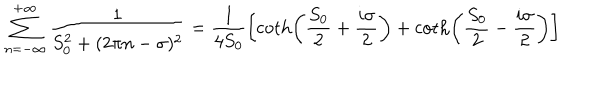
\sum _ { n = - \infty } ^ { + \infty } \frac { 1 } { S _ { 0 } ^ { 2 } + ( 2 \pi n - \sigma ) ^ { 2 } } = \frac { 1 } { 4 S _ { 0 } } \left[ \coth \left( \frac { S _ { 0 } } { 2 } + \frac { i \sigma } { 2 } \right) + \coth \left( \frac { S _ { 0 } } { 2 } - \frac { i \sigma } { 2 } \right) \right]